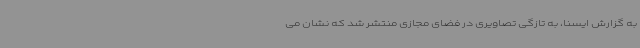
به گزارش ایسنا، به تازگی تصاویری در فضای مجازی منتشر شد که نشان می